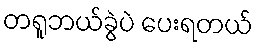
တရူဘယ်ခွဲပဲ ပေးရတယ်